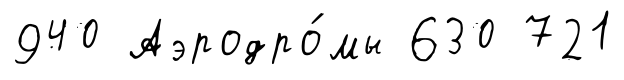
940 Аэродро́мы 630 721